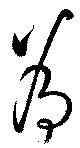
爲